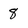
Character: 8